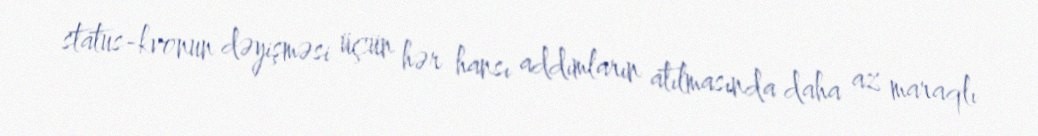
status-kvonun dəyişməsi üçün hər hansı addımların atılmasında daha az maraqlı